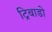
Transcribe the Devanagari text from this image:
ट्रिबाडो